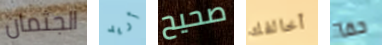
الجثمان أريد صحيح أخالفك حقآ